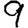
Digit: 9